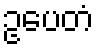
ဥပေတံ